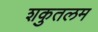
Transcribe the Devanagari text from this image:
शकुतलम